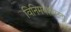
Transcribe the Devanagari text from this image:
विनिमयशीलता